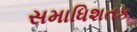
સમાધિશતક